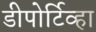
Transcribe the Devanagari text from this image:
डीपोर्टिव्हा